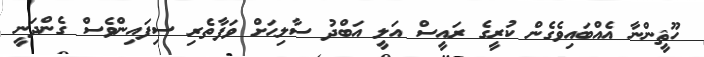
ހޫޘީންނާ އެއްބައިވެގެން ކުރީގެ ރައީސް އަލީ އަބްދު ސާލިޙަށް ވަފާތެރި ސިފައިންވެސް ގެންދަނީ